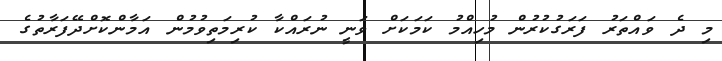
މި ދެ ވައްތަރު ފަރަގުކުރުން މުހިއްމު ކަމަކަށް ވަނީ ނުރައްކާ ކުރިމަތިވުމުން އަމާންކޮށްދޭފަރާތުގެ